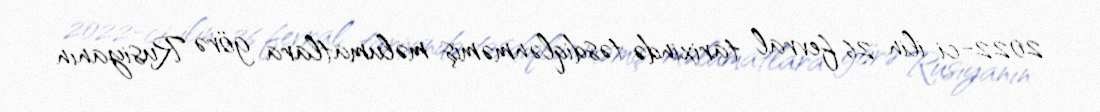
2022-ci ilin 26 fevral tarixində təsdiqlənməmiş məlumatlara görə Rusiyanın